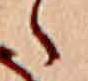
ゝ